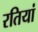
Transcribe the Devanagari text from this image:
रतियां